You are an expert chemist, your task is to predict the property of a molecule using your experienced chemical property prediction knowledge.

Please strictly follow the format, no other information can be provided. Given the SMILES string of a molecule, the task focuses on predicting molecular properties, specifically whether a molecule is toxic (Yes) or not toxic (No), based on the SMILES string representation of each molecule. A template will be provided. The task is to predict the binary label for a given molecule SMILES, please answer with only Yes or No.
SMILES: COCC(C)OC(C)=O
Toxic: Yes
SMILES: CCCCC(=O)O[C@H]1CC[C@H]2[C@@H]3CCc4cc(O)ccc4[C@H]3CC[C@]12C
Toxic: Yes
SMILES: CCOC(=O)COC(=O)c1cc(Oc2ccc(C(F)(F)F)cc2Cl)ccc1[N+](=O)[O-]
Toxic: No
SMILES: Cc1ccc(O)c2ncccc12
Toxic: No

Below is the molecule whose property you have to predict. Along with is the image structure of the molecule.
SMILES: NC[C@H]1O[C@H](O[C@@H]2[C@@H](N)C[C@@H](N)[C@H](O[C@H]3O[C@H](CO)[C@@H](O)[C@H](N)[C@H]3O)[C@H]2O)[C@H](O)[C@@H](O)[C@@H]1O
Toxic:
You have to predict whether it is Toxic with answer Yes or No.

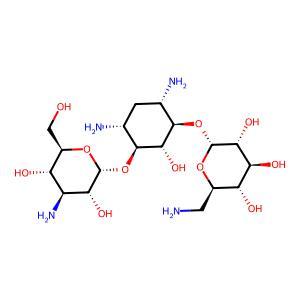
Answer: No